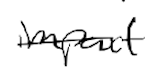
Text: impact
Cross-out: single-line
Writing tool: digital_black